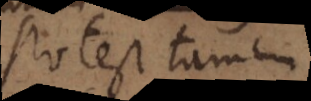
Potest tamen